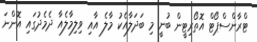
ޓްރާންސްޕޯޓް އޮތޯރިޓީން ބުނީ މި ބަދަލާއެކު މާލެ އާއި ވިލިމާލެއާ ދެމެދުގައި އޮންނަ